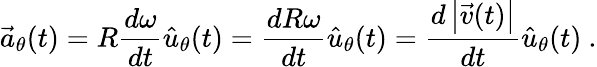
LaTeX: {\vec{a}}_{\theta}(t)=R{\frac{d\omega}{dt}}{\hat{u}}_{\theta}(t)={\frac{dR\omega}{dt}}{\hat{u}}_{\theta}(t)={\frac{d\left|{\vec{v}}(t)\right|}{dt}}{\hat{u}}_{\theta}(t)\ .